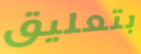
بتعليق